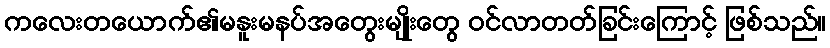
ကလေးတယောက်၏မနူးမနပ်အတွေးမျိုးတွေ ဝင်လာတတ်ခြင်းကြောင့် ဖြစ်သည်။